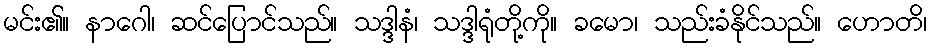
မင်း၏။ နာဂေါ၊ ဆင်ပြောင်သည်။ သဒ္ဒါနံ၊ သဒ္ဒါရုံတို့ကို။ ခမော၊ သည်းခံနိုင်သည်။ ဟောတိ၊